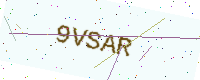
Text: 9VSAR